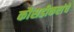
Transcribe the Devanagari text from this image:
कौसडीकरांचे